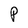
Character: P